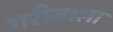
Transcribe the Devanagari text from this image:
गरीबाला